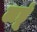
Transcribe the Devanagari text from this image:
लडूं